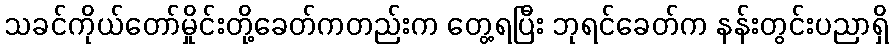
သခင်ကိုယ်တော်မှိုင်းတို့ခေတ်ကတည်းက တွေ့ရပြီး ဘုရင်ခေတ်က နန်းတွင်းပညာရှိ